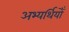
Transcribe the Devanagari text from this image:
अभ्यर्थियोँ